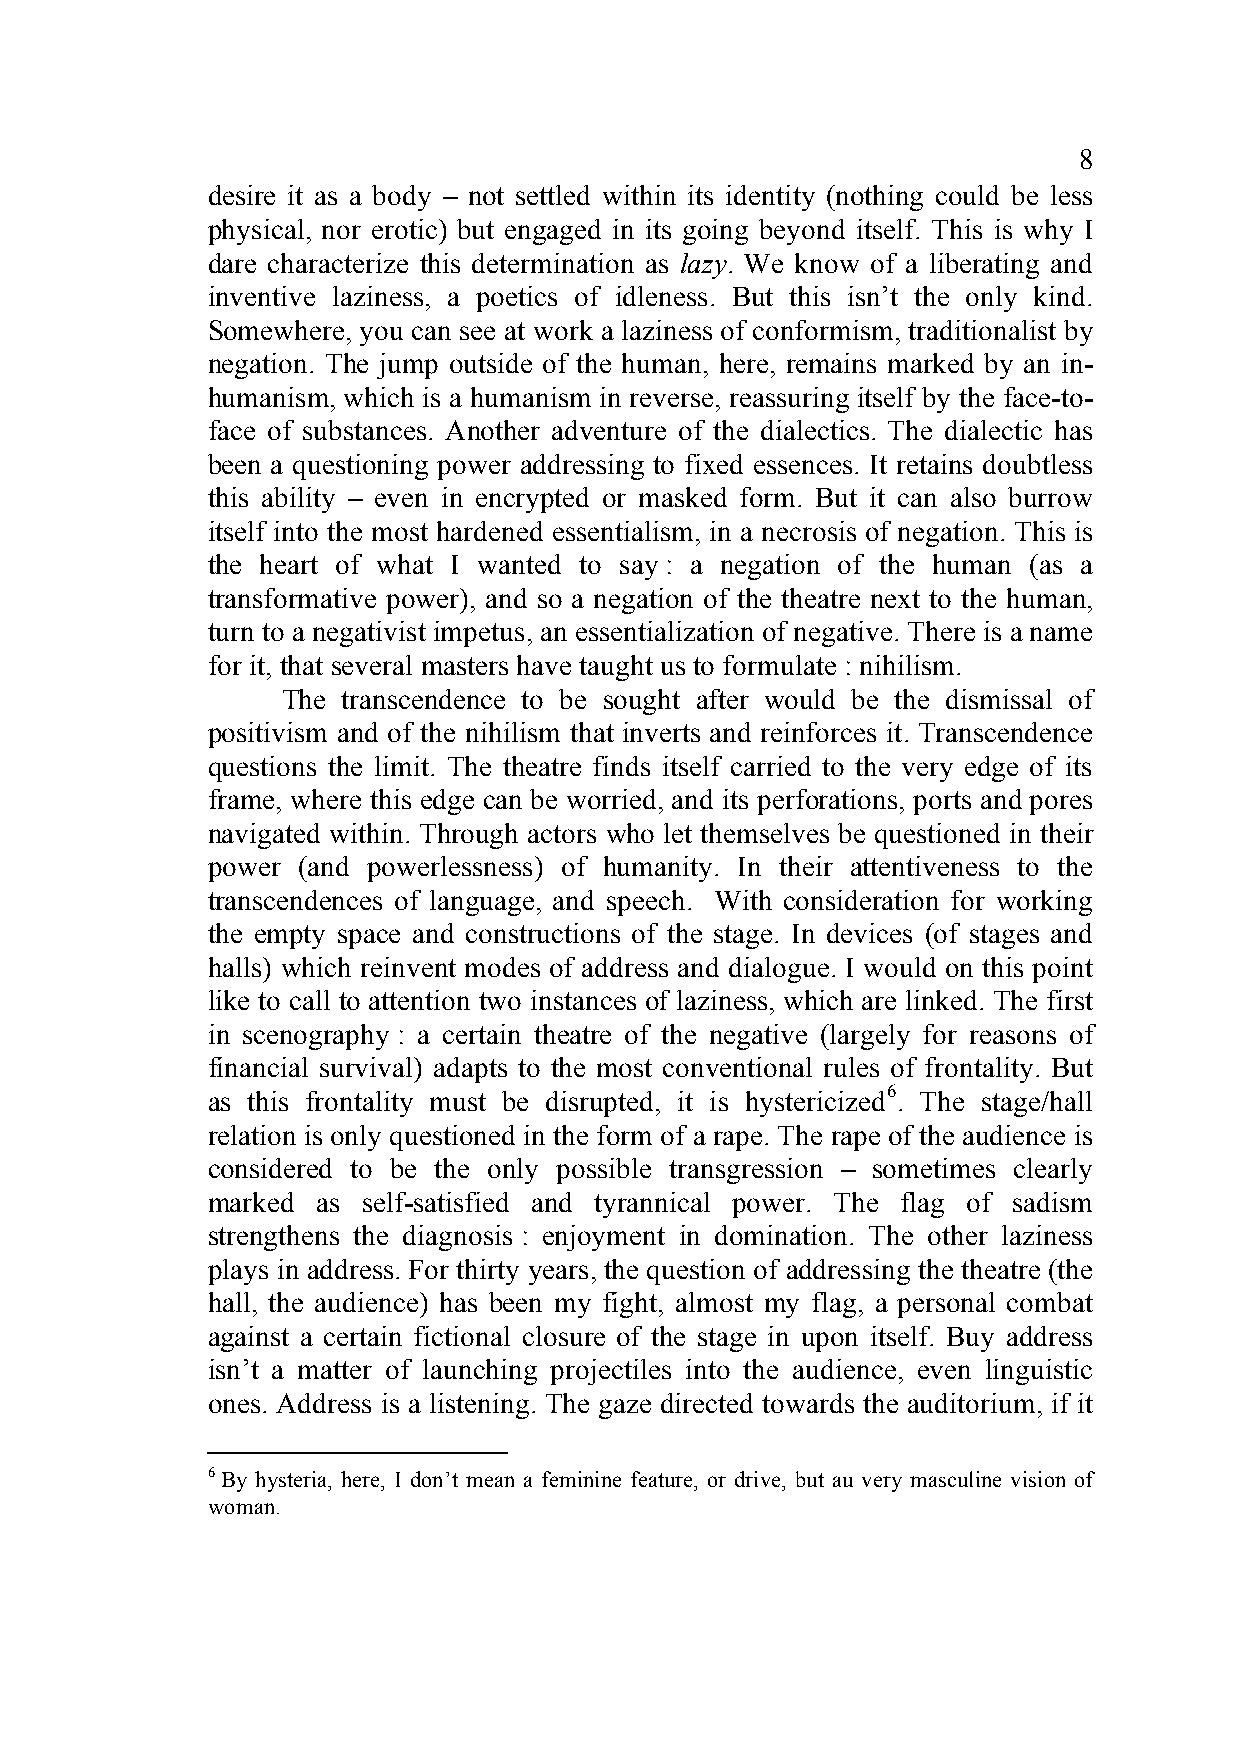
8
 desire it as a body – not settled within its identity (nothing could be less
 physical, nor erotic) but engaged in its going beyond itself. This is why I
 dare characterize this determination as lazy. We know of a liberating and
 inventive laziness, a poetics of idleness. But this isn’t the only kind.
 Somewhere, you can see at work a laziness of conformism, traditionalist by
 negation. The jump outside of the human, here, remains marked by an in-
 humanism, which is a humanism in reverse, reassuring itself by the face-to-
 face of substances. Another adventure of the dialectics. The dialectic has
 been a questioning power addressing to fixed essences. It retains doubtless
 this ability – even in encrypted or masked form. But it can also burrow
 itself into the most hardened essentialism, in a necrosis of negation. This is
 the heart of what I wanted to say : a negation of the human (as a
 transformative power), and so a negation of the theatre next to the human,
 turn to a negativist impetus, an essentialization of negative. There is a name
 for it, that several masters have taught us to formulate : nihilism.
 The transcendence to be sought after would be the dismissal of
 positivism and of the nihilism that inverts and reinforces it. Transcendence
 questions the limit. The theatre finds itself carried to the very edge of its
 frame, where this edge can be worried, and its perforations, ports and pores
 navigated within. Through actors who let themselves be questioned in their
 power (and powerlessness) of humanity. In their attentiveness to the
 transcendences of language, and speech. With consideration for working
 the empty space and constructions of the stage. In devices (of stages and
 halls) which reinvent modes of address and dialogue. I would on this point
 like to call to attention two instances of laziness, which are linked. The first
 in scenography : a certain theatre of the negative (largely for reasons of
 financial survival) adapts to the most conventional rules of frontality. But
 as this frontality must be disrupted, it is hystericized6. The stage/hall
 relation is only questioned in the form of a rape. The rape of the audience is
 considered to be the only possible transgression – sometimes clearly
 marked as self-satisfied and tyrannical power. The flag of sadism
 strengthens the diagnosis : enjoyment in domination. The other laziness
 plays in address. For thirty years, the question of addressing the theatre (the
 hall, the audience) has been my fight, almost my flag, a personal combat
 against a certain fictional closure of the stage in upon itself. Buy address
 isn’t a matter of launching projectiles into the audience, even linguistic
 ones. Address is a listening. The gaze directed towards the auditorium, if it
 6 By hysteria, here, I don’t mean a feminine feature, or drive, but au very masculine vision of
 woman.